Indian Civil Veterinary Department memoirs
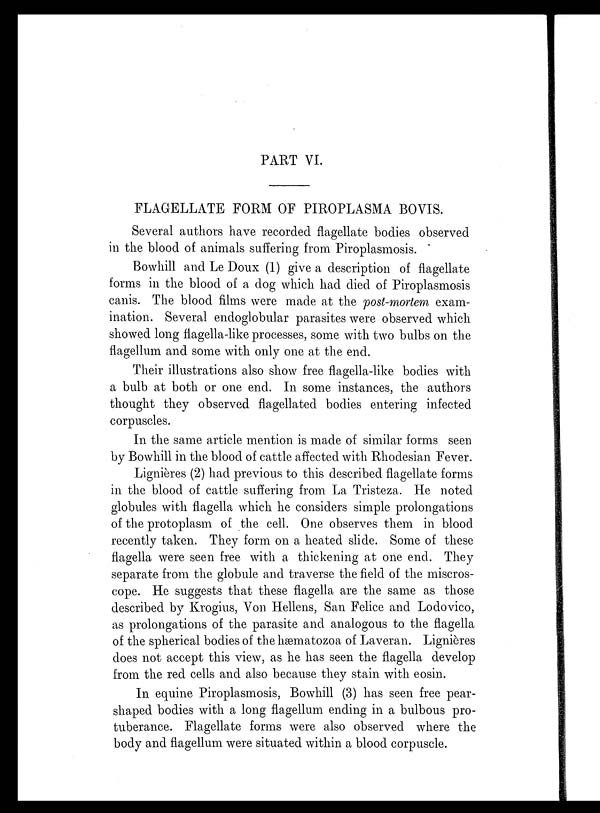
PART VI.
FLAGELLATE FORM OF PIROPLASMA BOVIS.
Several authors have recorded flagellate bodies observed
in the blood of animals suffering from Piroplasmosis.
Bowhill and Le Doux (1) give a description of flagellate
forms in the blood of a dog which had died of Piroplasmosis
canis. The blood films were made at the post-mortem exam-
ination. Several endoglobular parasites were observed which
showed long flagella-like processes, some with two bulbs on the
flagellum and some with only one at the end.
Their illustrations also show free flagella-like bodies with
a bulb at both or one end. In some instances, the authors
thought they observed flagellated bodies entering infected
corpuscles.
In the same article mention is made of similar forms seen
by Bowhill in the blood of cattle affected with Rhodesian Fever.
Lignières (2) had previous to this described flagellate forms
in the blood of cattle suffering from La Tristeza. He noted
globules with flagella which he considers simple prolongations
of the protoplasm of the cell. One observes them in blood
recently taken. They form on a heated slide. Some of these
flagella were seen free with a thickening at one end. They
separate from the globule and traverse the field of the miscros-
cope. He suggests that these flagella are the same as those
described by Krogius, Von Hellens, San Felice and Lodovico,
as prolongations of the parasite and analogous to the flagella
of the spherical bodies of the hæmatozoa of Laveran. Lignières
does not accept this view, as he has seen the flagella develop
from the red cells and also because they stain with eosin.
In equine Piroplasmosis, Bowhill (3) has seen free pear-
shaped bodies with a long flagellum ending in a bulbous pro-
tuberance. Flagellate forms were also observed where the
body and flagellum were situated within a blood corpuscle.